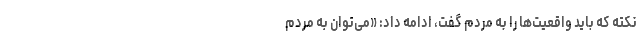
نکته که باید واقعیت‌ها را به مردم گفت، ادامه داد: «می‌توان به مردم